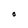
Character: O